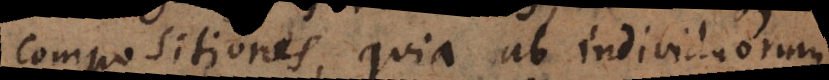
compositiones, quia ab individuorum